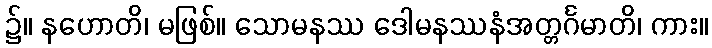
၌။ နဟောတိ၊ မဖြစ်။ သောမနဿ ဒေါမနဿနံအတ္တင်္ဂမာတိ၊ ကား။